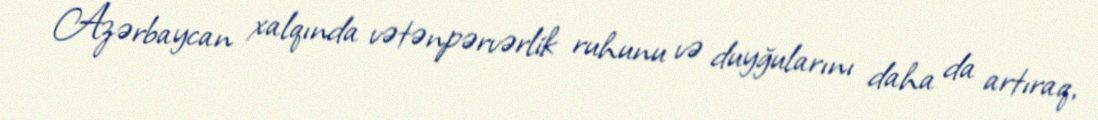
Azərbaycan xalqında vətənpərvərlik ruhunu və duyğularını daha da artıraq,